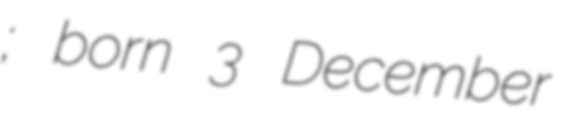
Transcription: نجف‌آبادی; born 3 December